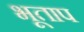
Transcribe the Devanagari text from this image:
भूताप